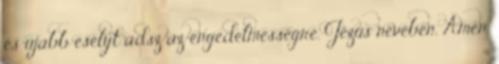
és újabb esélyt adsz az engedelmességre. Jézus nevében, Ámen.